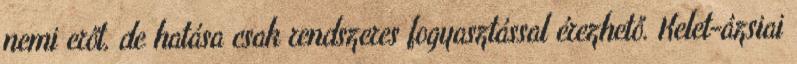
nemi erőt, de hatása csak rendszeres fogyasztással érezhető. Kelet-ázsiai